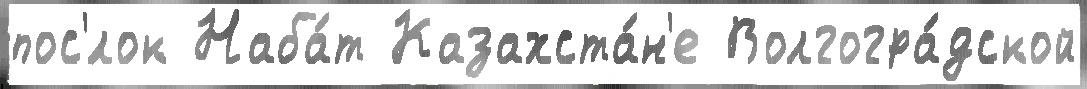
пос'́лок Наба́т Казахста́н'е Волгогра́дской